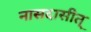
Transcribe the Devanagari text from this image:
नासदासीत्